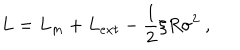
L = L _ { m } + L _ { e x t } - { \frac { 1 } { 2 } } \xi R \sigma ^ { 2 } ~ ,